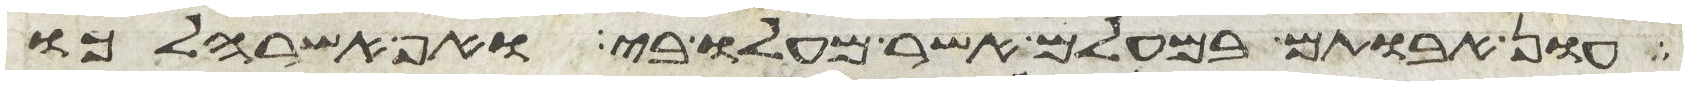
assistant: עון אבותם במעלם אשר מעלו בי ואף אשר הלכו